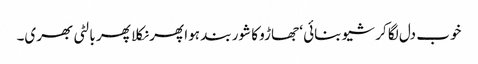
خوب دل لگا کر شیو بنائی ‘ جھاڑو کا شور بند ہوا پھر نکلا پھر بالٹی بھری۔